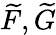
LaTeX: \widetilde{F},\widetilde{G}